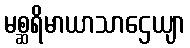
မစ္ဆရိမာယာသာဌေယျာ